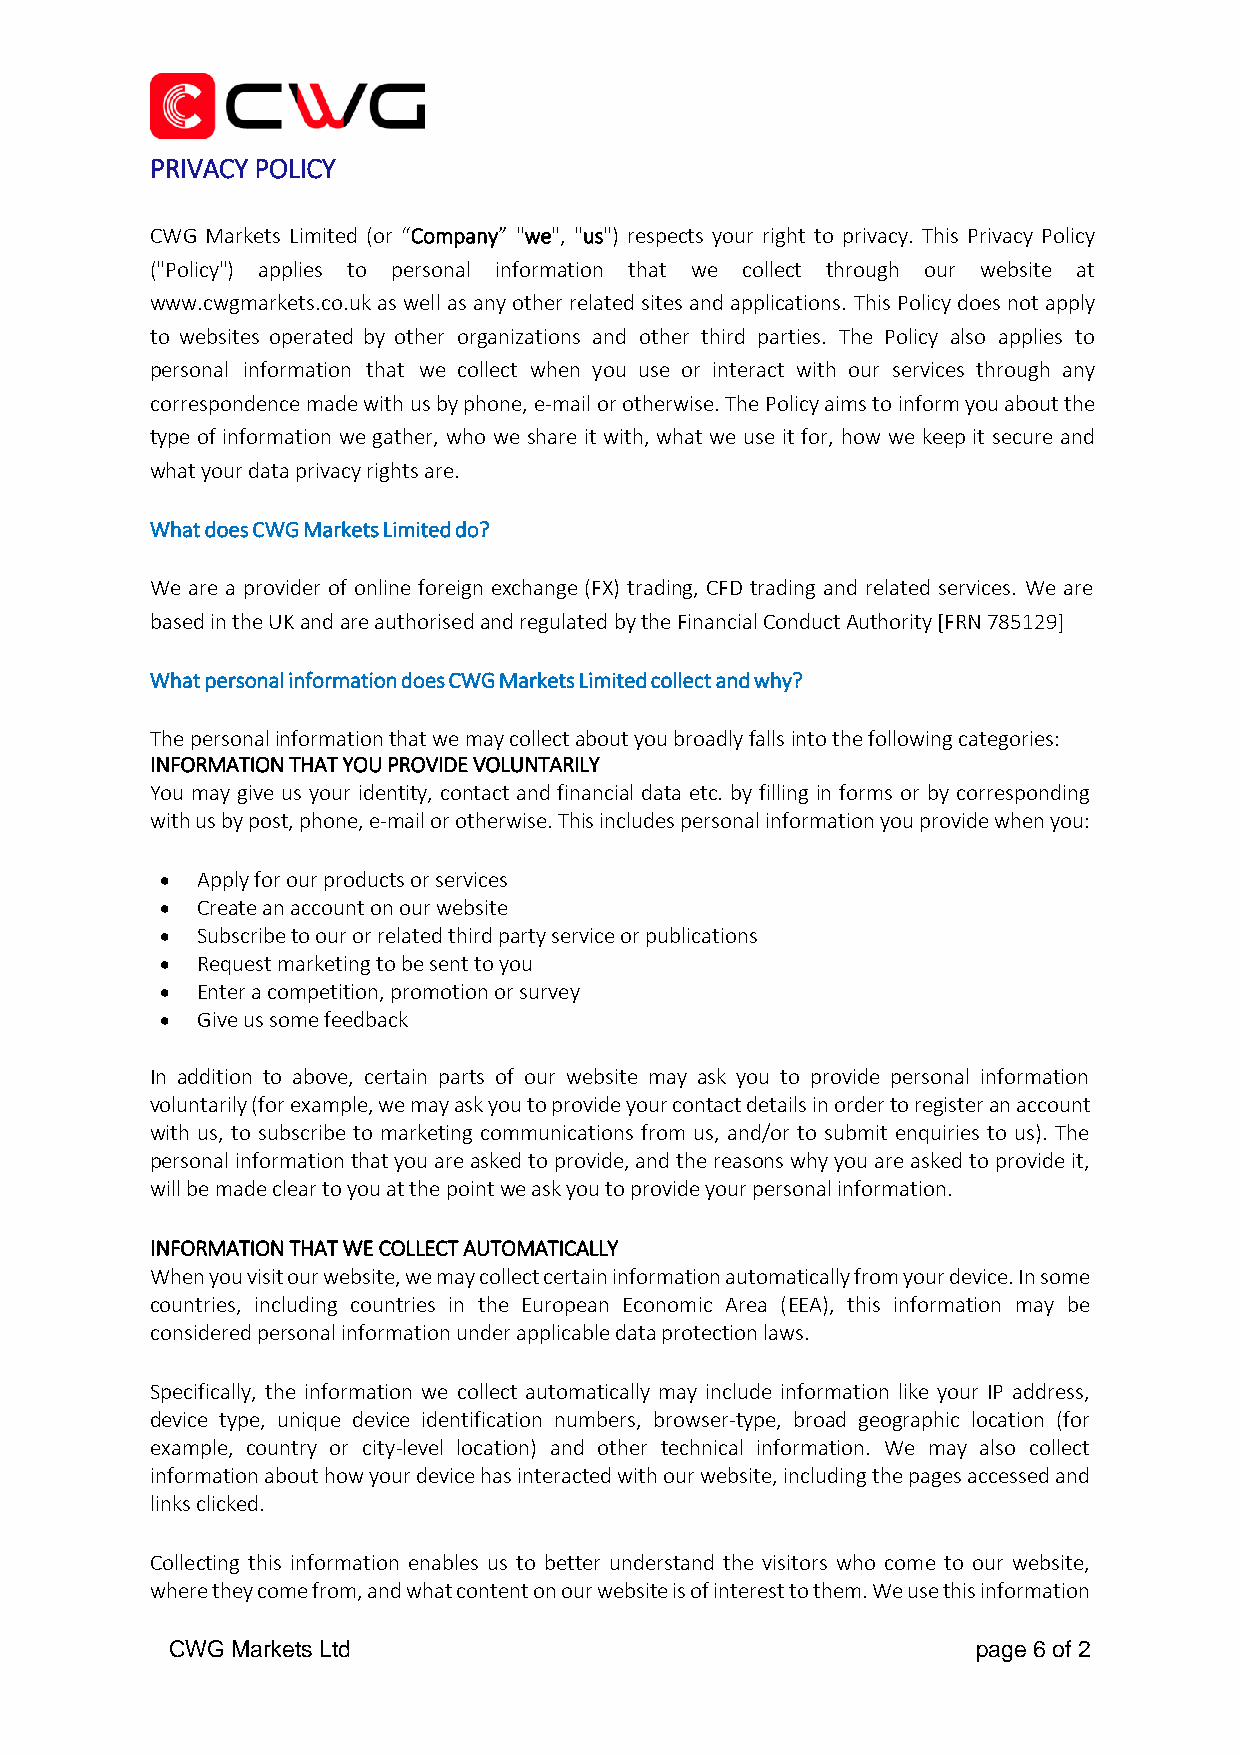
PRIVACY POLICY
 CWG Markets Limited (or “Company” "we", "us") respects your right to privacy. This Privacy Policy
 ("Policy") applies to personal information that we collect through our website at
 www.cwgmarkets.co.uk as well as any other related sites and applications. This Policy does not apply
 to websites operated by other organizations and other third parties. The Policy also applies to
 personal information that we collect when you use or interact with our services through any
 correspondence made with us by phone, e-mail or otherwise. The Policy aims to inform you about the
 type of information we gather, who we share it with, what we use it for, how we keep it secure and
 what your data privacy rights are.
 What does CWG Markets Limited do?
 We are a provider of online foreign exchange (FX) trading, CFD trading and related services. We are
 based in the UK and are authorised and regulated by the Financial Conduct Authority [FRN 785129]
 What personal information does CWG Markets Limited collect and why?
 The personal information that we may collect about you broadly falls into the following categories:
 INFORMATION THAT YOU PROVIDE VOLUNTARILY
 You may give us your identity, contact and financial data etc. by filling in forms or by corresponding
 with us by post, phone, e-mail or otherwise. This includes personal information you provide when you:
 • Apply for our products or services
 • Create an account on our website
 • Subscribe to our or related third party service or publications
 • Request marketing to be sent to you
 • Enter a competition, promotion or survey
 • Give us some feedback
 In addition to above, certain parts of our website may ask you to provide personal information
 voluntarily (for example, we may ask you to provide your contact details in order to register an account
 with us, to subscribe to marketing communications from us, and/or to submit enquiries to us). The
 personal information that you are asked to provide, and the reasons why you are asked to provide it,
 will be made clear to you at the point we ask you to provide your personal information.
 INFORMATION THAT WE COLLECT AUTOMATICALLY
 When you visit our website, we may collect certain information automatically from your device. In some
 countries, including countries in the European Economic Area (EEA), this information may be
 considered personal information under applicable data protection laws.
 Specifically, the information we collect automatically may include information like your IP address,
 device type, unique device identification numbers, browser-type, broad geographic location (for
 example, country or city-level location) and other technical information. We may also collect
 information about how your device has interacted with our website, including the pages accessed and
 links clicked.
 Collecting this information enables us to better understand the visitors who come to our website,
 where they come from, and what content on our website is of interest to them. We use this information
 CWG Markets Ltd                                       page 6 of 2